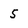
Character: 5